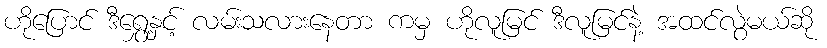
ဟိုပြောင် ဒီရွှေ့နှင့် လမ်းသလားနေတာ ကမှ ဟိုလူမြင် ဒီလူမြင်နဲ့ အထင်လွဲမယ်ဆို